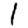
Digit: 1